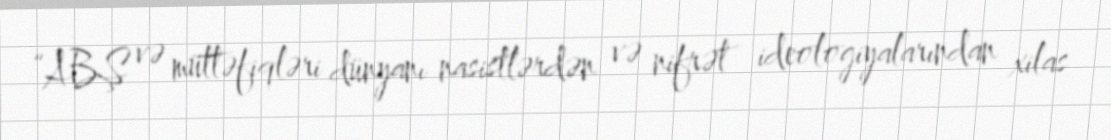
“ABŞ və müttəfiqləri dünyanı nasistlərdən və nifrət ideologiyalarından xilas